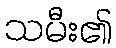
သမီး၏